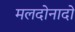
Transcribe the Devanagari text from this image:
मलदोनादो